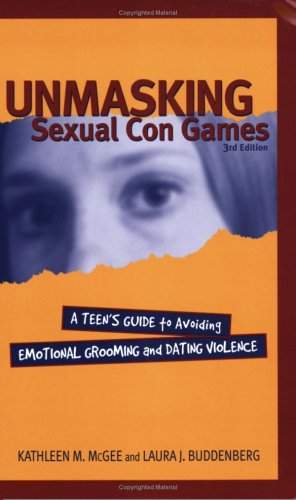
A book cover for Unmasking Sexual Con Games: Teen Guide; Kathleen Sorensen McGee; Teen & Young Adult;